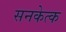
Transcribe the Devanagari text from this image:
सनकेत्क